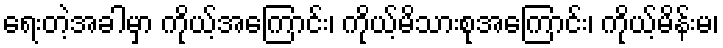
ရေးတဲ့အခါမှာ ကိုယ့်အကြောင်း၊ ကိုယ့်မိသားစုအကြောင်း၊ ကိုယ့်မိန်းမ၊